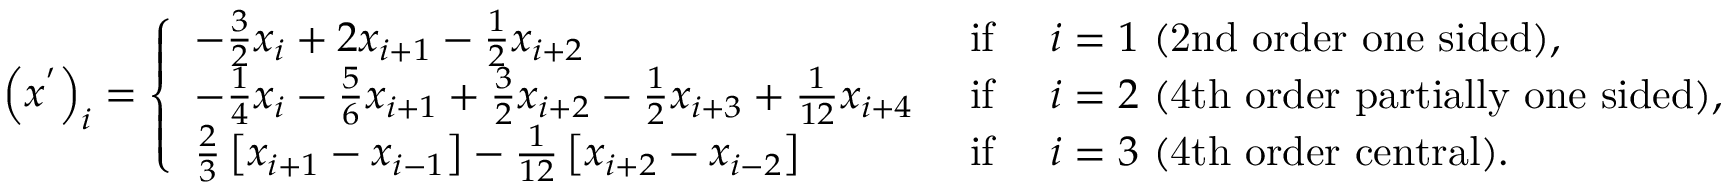
\left( x ^ { ' } \right) _ { i } = \left\{ \begin{array} { l l } { - \frac { 3 } { 2 } x _ { i } + 2 x _ { i + 1 } - \frac { 1 } { 2 } x _ { i + 2 } } & { \mathrm { ~ i f ~ } \quad i = 1 \mathrm { ~ ( 2 n d ~ o r d e r ~ o n e ~ s i d e d ) } , } \\ { - \frac { 1 } { 4 } x _ { i } - \frac { 5 } { 6 } x _ { i + 1 } + \frac { 3 } { 2 } x _ { i + 2 } - \frac { 1 } { 2 } x _ { i + 3 } + \frac { 1 } { 1 2 } x _ { i + 4 } } & { \mathrm { ~ i f ~ } \quad i = 2 \mathrm { ~ ( 4 t h ~ o r d e r ~ p a r t i a l l y ~ o n e ~ s i d e d ) } , } \\ { \frac { 2 } { 3 } \left[ x _ { i + 1 } - x _ { i - 1 } \right] - \frac { 1 } { 1 2 } \left[ x _ { i + 2 } - x _ { i - 2 } \right] } & { \mathrm { ~ i f ~ } \quad i = 3 \mathrm { ~ ( 4 t h ~ o r d e r ~ c e n t r a l ) } . } \end{array} \right.